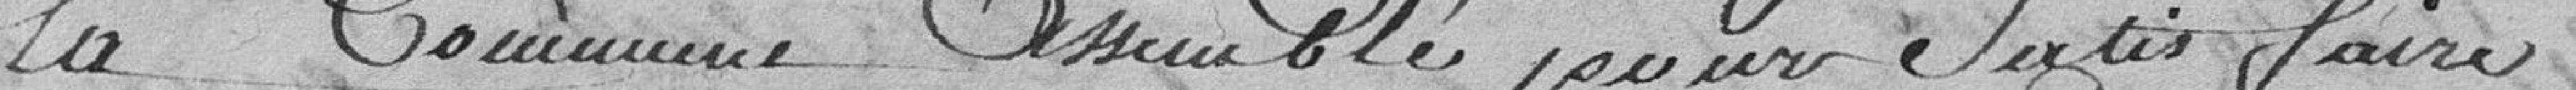
la commune assemblée pour satisfaire